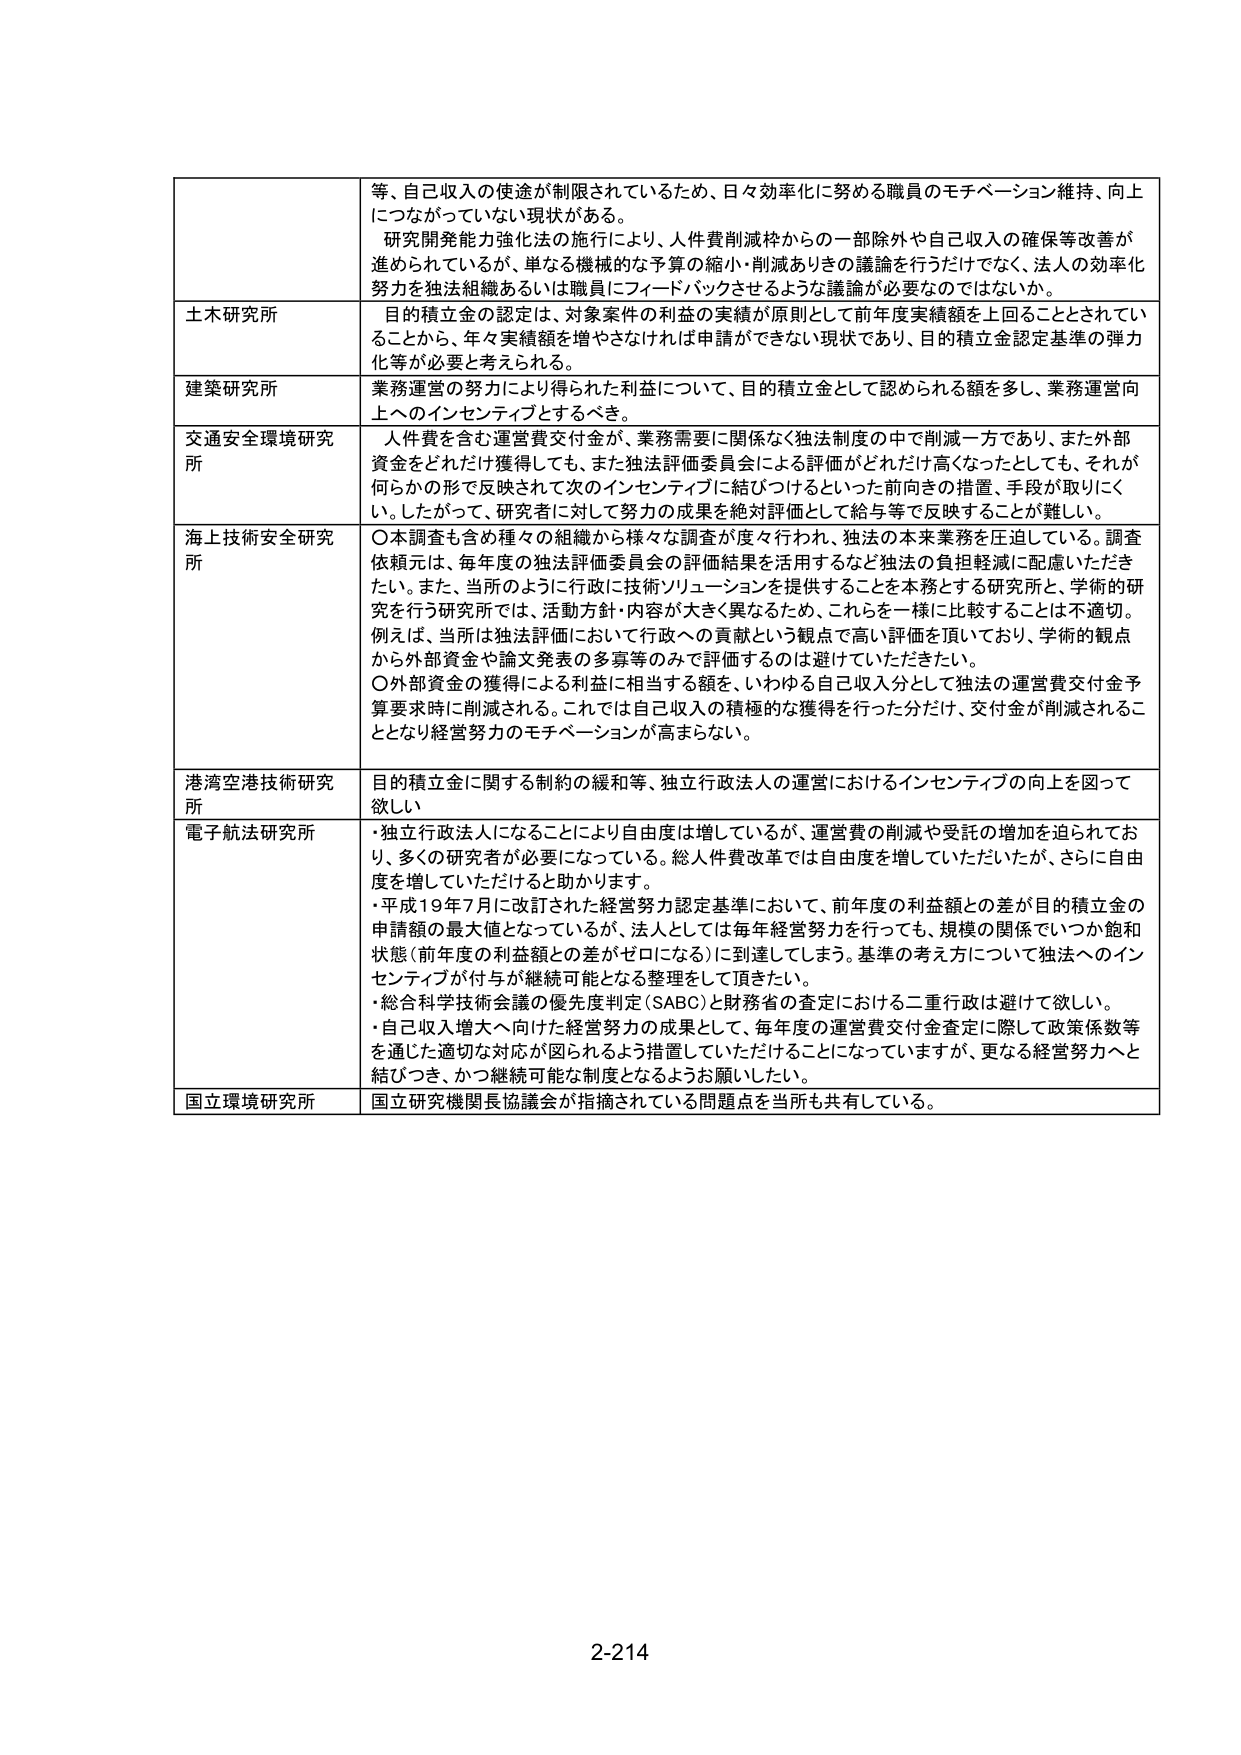
等、自己収入の使途が制限されているため、日々効率化に努める職員のモチベーション維持、向上につながっていない現状がある。
研究開発能力強化法の施行により、人件費削減枠からの一部除外や自己収入の確保等改善が進められているが、単なる機械的な予算の縮小・削減ありきの議論を行うだけでなく、法人の効率化努力を独立組織あるいは職員にフィードバックさせるような議論が必要なのではないか。

土木研究所
目的積立金の認定は、対象案件の利益の実績が原則として前年度実績額を上回ることとされていることから、年々実績額を増やさなければ申請ができない現状であり、目的積立金認定基準の弾力化等が必要と考えられる。

建築研究所
業務運営の努力により得られた利益について、目的積立金として認められる額を多し、業務運営向上へのインセンティブとするべき。

交通安全環境研究所
人件費を含む運営費交付金が、業務需要に関係なく独法制度の中で削減一方であり、また外部資金をどれだけ獲得しても、また独法評価委員会による評価がどれだけ高くなったとしても、それが何らかの形で反映されて次のインセンティブに結びつけるといった前向きの措置、手段が取りにくい。したがって、研究者に対して努力の成果を絶対評価として給与等で反映することが難しい。

海上技術安全研究所
〇本調査も含め種々の組織から様々な調査が度々行われ、独法の本来業務を圧迫している。調査依頼元は、毎年度の独法評価委員会の評価結果を活用するなど独法の負担軽減に配慮いただきたい。また、当所のように行政に技術ソリューションを提供することを本務とする研究所と、学術的研究を行う研究所では、活動方針・内容が大きく異なるため、これらを一様に比較することは不適切。例えば、当所は独法評価において行政への貢献という観点で高い評価を頂いており、学術的観点から外部資金や論文発表の多寡等のみで評価するのは避けていただきたい。
〇外部資金の獲得による利益に相当する額を、いわゆる自己収入分として独法の運営費交付金予算要求時に削減される。これでは自己収入の積極的な獲得を行った分だけ、交付金が削減されることとなり経営努力のモチベーションが高まらない。

港湾空港技術研究所
目的積立金に関する制約の緩和等、独立行政法人の運営におけるインセンティブの向上を図って欲しい

電子航法研究所
・独立行政法人になることにより自由度は増しているが、運営費の削減や受託の増加を迫られており、多くの研究者が必要になっている。総人件費改革では自由度を増していただいたが、さらに自由度を増していただけると助かります。
・平成19年7月に改訂された経営努力認定基準において、前年度の利益額との差が目的積立金の申請額の最大値となっているが、法人としては毎年経営努力を行っても、規模の関係でいつか飽和状態（前年度の利益額との差がゼロになる）に到達してしまう。基準の考え方について独法へのインセンティブが付与が継続可能となる整理をして頂きたい。
・総合科学技術会議の優先度判定（SABC）と財務省の査定における二重行政は避けて欲しい。
・自己収入増大へ向けた経営努力の成果として、毎年度の運営費交付金査定に際して政策係数等を通じた適切な対応が図られるよう措置していただけることになっていますが、更なる経営努力へと結びつき、かつ継続可能な制度となるようお願いしたい。

国立環境研究所
国立研究機関長協議会が指摘されている問題点を当所も共有している。

2-214